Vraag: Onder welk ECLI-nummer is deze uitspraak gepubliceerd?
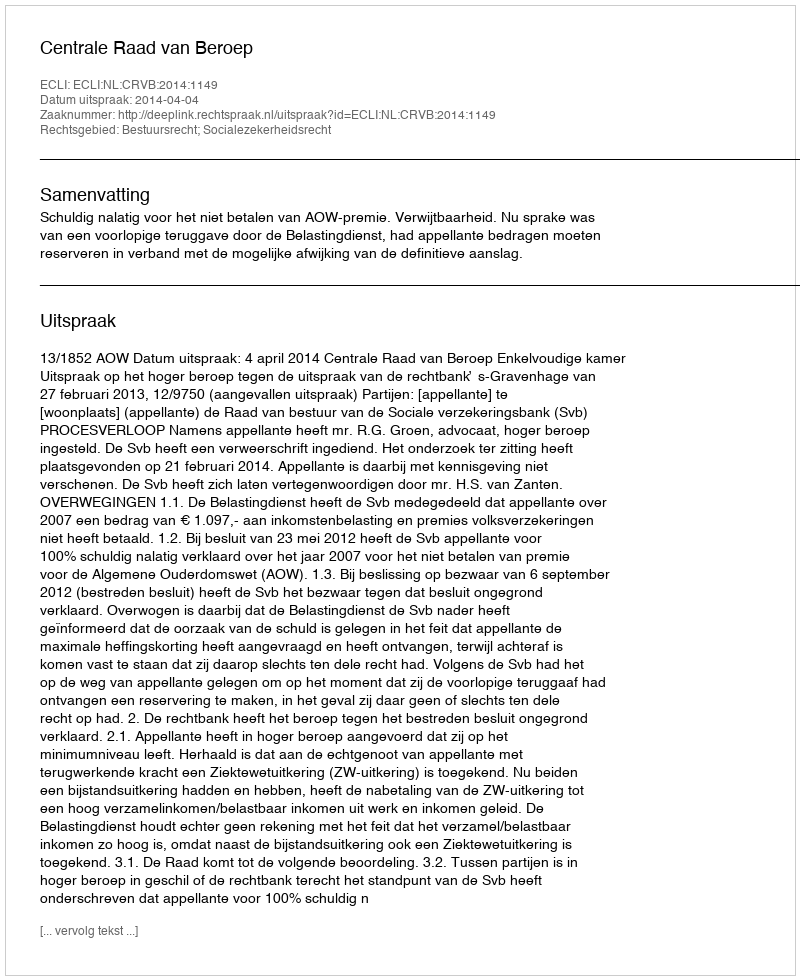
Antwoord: ECLI:NL:CRVB:2014:1149